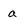
Character: a